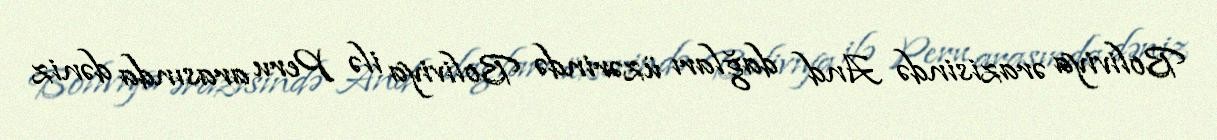
Boliviya ərazisində And dağları üzərində Boliviya ilə Peru arasında dəniz